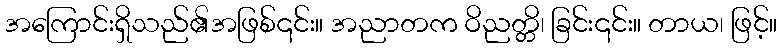
အကြောင်းရှိသည်၏အဖြစ်၎င်း။ အညာတက ဝိညတ္တိ၊ ခြင်း၎င်း။ တာယ၊ ဖြင့်။